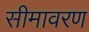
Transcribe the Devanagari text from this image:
सीमावरण